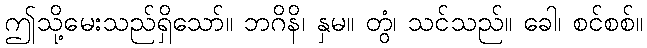
ဤသို့မေးသည်ရှိသော်။ ဘဂိနိ၊ နှမ။ တွံ၊ သင်သည်။ ခေါ၊ စင်စစ်။